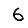
Digit: 6